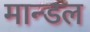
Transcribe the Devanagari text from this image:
मान्डल